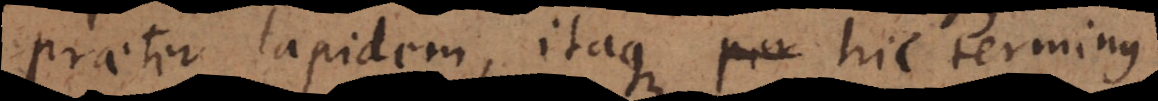
praeter lapidem, itaque hic terminus